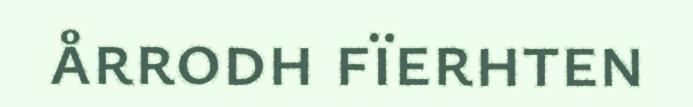
årrodh fïerhten